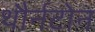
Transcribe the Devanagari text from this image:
थौर्नटोन